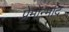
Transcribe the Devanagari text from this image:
प्रेमोन्माद